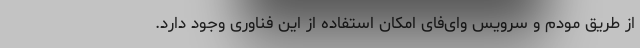
از طریق مودم و سرویس وای‌فای امکان استفاده از این فناوری وجود دارد.